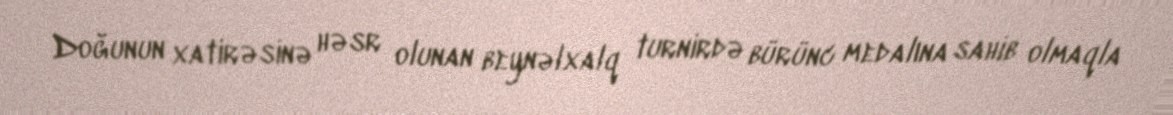
Doğunun xatirəsinə həsr olunan beynəlxalq turnirdə bürünc medalına sahib olmaqla